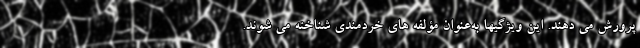
پرورش می دهند. این ویژگیها به‌عنوان مؤلفه های خردمندی شناخته می شوند.